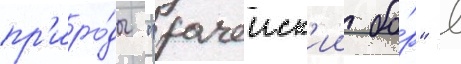
пр'иро́ды "рачеиск'ии бо́р" в